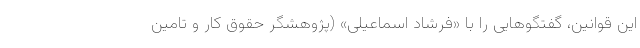
این قوانین، گفتگوهایی را با «فرشاد اسماعیلی» (پژوهشگر حقوق کار و تامین